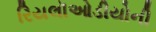
રિયલૉઓડીયોની